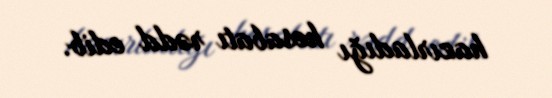
hazırladığı hesabatı rədd edib.